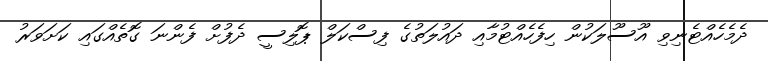
ދެމެހެއްޓެނިވި އޫސޫލަކުން ހިފެހެއްޓުމާއި ދައުލަތުގެ ފިސްކަލް ޕޮލިސީ ދެފުށް ފެންނަ ގޮތެއްގައި ކަށަވަރު